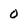
Character: 0